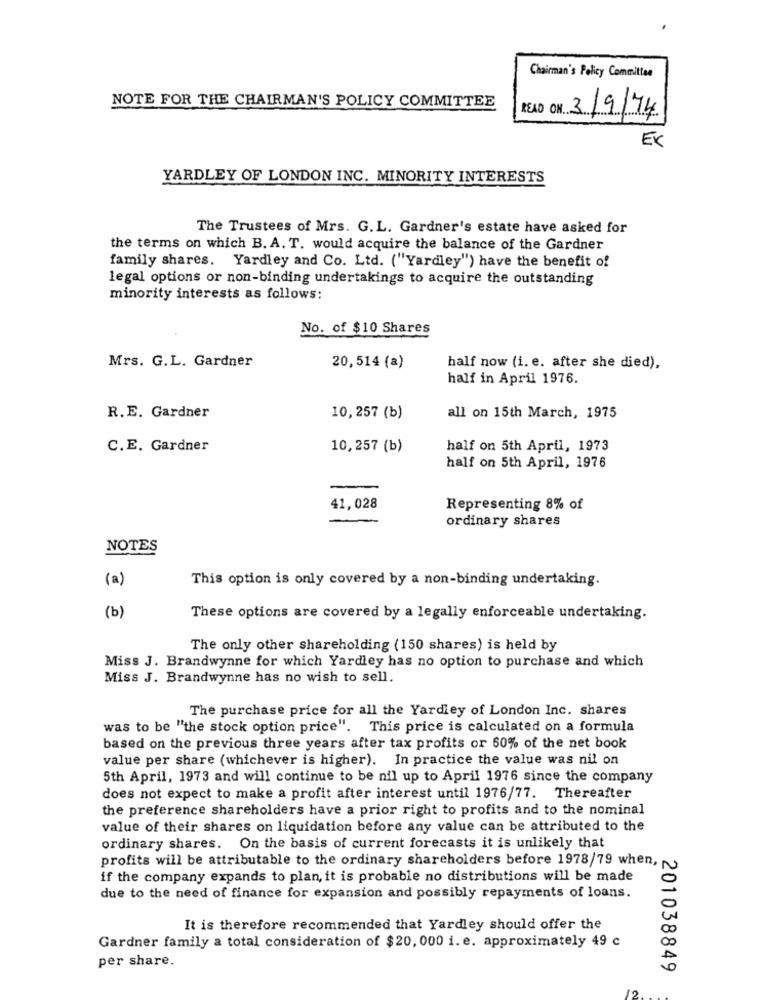
Chairman's Policy Committee
NOTE FOR THE CHAIRMAN'S POLICY COMMITTEE
READ ON 3/9/74
Ex
YARDLEY OF LONDON INC. MINORITY INTERESTS
The Trustees of Mrs. G.L. Gardner's estate have asked for
the terms on which B. A. T. would acquire the balance of the Gardner
family shares. Yardley and Co. Ltd. ("Yardley") have the benefit of
legal options or non-binding undertakings to acquire the outstanding
minority interests as follows:
No. of $10 Shares
Mrs. G.L. Gardner
20,514 (a)
half now (i. e. after she died).
half in April 1976.
R.E. Gardner
10,257 (b)
all on 15th March, 1975
C.E. Gardner
10,257 (b)
half on 5th April, 1973
half on 5th April, 1976
41,028
Representing 8% of
ordinary shares
NOTES
(a)
This option is only covered by a non-binding undertaking.
(b)
These options are covered by a legally enforceable undertaking.
The only other shareholding (150 shares) is held by
Miss J. Brandwynne for which Yardley has no option to purchase and which
Miss J. Brandwynne has no wish to sell.
The purchase price for all the Yardley of London Inc. shares
was to be "the stock option price".
This price is calculated on a formula
based on the previous three years after tax profits or 60% of the net book
value per share (whichever is higher). In practice the value was nil on
5th April, 1973 and will continue to be nil up to April 1976 since the company
does not expect to make a profit after interest until 1976/77. Thereafter
the preference shareholders have a prior right to profits and to the nominal
value of their shares on liquidation before any value can be attributed to the
ordinary shares. On the basis of current forecasts it is unlikely that
profits will be attributable to the ordinary shareholders before 1978/79 when,
if the company expands to plan, it is probable no distributions will be made
due to the need of finance for expansion and possibly repayments of loans.
It is therefore recommended that Yardley should offer the
Gardner family a total consideration of $20, 000 i. e. approximately 49 c
per share.
201038849
10